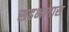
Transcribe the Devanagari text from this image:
सहभागास